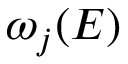
\omega _ { j } ( E )